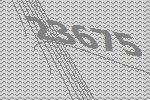
23675